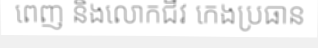
ពេញ និងលោកជីវ កេងប្រធាន